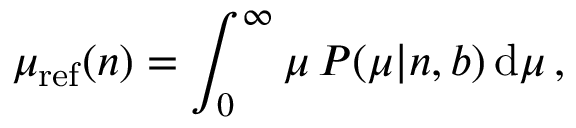
\mu _ { \mathrm { r e f } } ( n ) = \int _ { 0 } ^ { \infty } \mu \, P ( \mu | n , b ) \, \mathrm { d } \mu \, ,